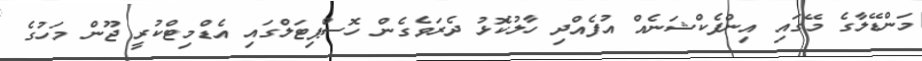
މަންޑޭލާގެ މޭގައި އިންފެކްޝަނެއް އުފެއްދި ހާލުކޮޅު ދެރަވެގެން ހޮސްޕިޓަލްގައި އެޑްމިޓްކުރީ ޖޫން މަހުގެ